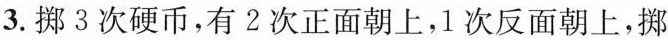
3.掷3次硬币，有2次正面朝上，1次反面朝上，掷